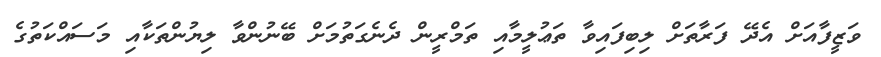
ވަޒީފާއަށް އެދޭ ފަރާތަށް ލިބިފައިވާ ތަޢުލީމާއި ތަމްރީން ދެނެގަތުމަށް ބޭނުންވާ ލިޔުންތަކާއި މަސައްކަތުގެ